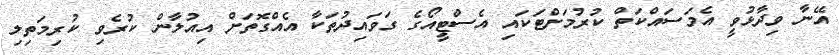
އޭނާ ވިދާޅުވީ އެމަސައްކަތް ކުރުމަށްޓަކައި އެސްޓީއޯގެ ގަވައިދުތަކާ އެއްގޮތަށް އިއުލާން ކުރެވި ކުރިމަތިލި